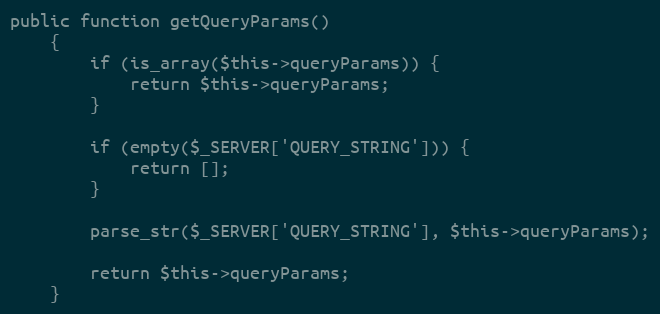
Language: PHP
public function getQueryParams()
    {
        if (is_array($this->queryParams)) {
            return $this->queryParams;
        }

        if (empty($_SERVER['QUERY_STRING'])) {
            return [];
        }

        parse_str($_SERVER['QUERY_STRING'], $this->queryParams);

        return $this->queryParams;
    }